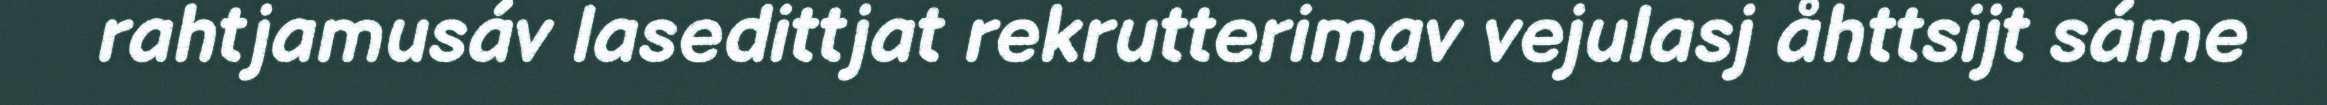
rahtjamusáv lasedittjat rekrutterimav vejulasj åhttsijt sáme